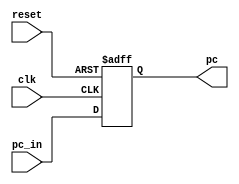
`timescale 1ns / 1ps
module pcreg(
    input clk,
    input reset,
    input [31:0] pc_in,
    output reg [31:0] pc
    );
    always @(negedge clk or posedge reset)
    begin
        if(reset)
            pc <= 32'h00400000;
        else
            pc <= pc_in;
    end
endmodule